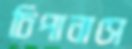
চিপানাসে